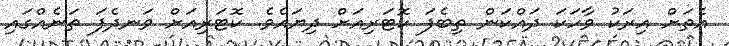
އެތަށް އިރަކު ވާހަކަ ދައްކަން ތިބެފަ ކޮޓަރިއަށް ދިޔައެވެ. ކޮޓަރިއަށް ވަނދެފަ ތަނެއްގައި